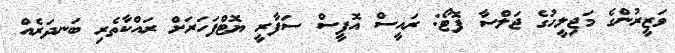
ވަޒީރުންގެ މަޖިލީހުގެ ޖަލްސާ ފޮޓޯ: ރައީސް އޮފީސް ސަފާރީ ޔޮޓްފަހަރަށް ރައްކާތެރި ބަނދަރެއް